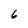
Character: 6